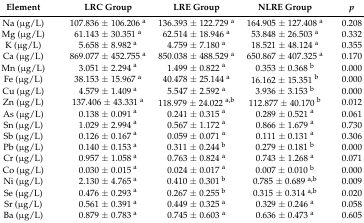
<table><thead><tr><td><b>Element</b></td><td><b>LRC Group</b></td><td><b>LRE Group</b></td><td><b>NLRE Group</b></td><td><b><i>p</i></b></td></tr></thead><tbody><tr><td>Na (μg/L)</td><td>107.836 ± 106.206 <sup>a</sup></td><td>136.393 ± 122.729 <sup>a</sup></td><td>164.905 ± 127.408 <sup>a</sup></td><td>0.208</td></tr><tr><td>Mg (μg/L)</td><td>61.143 ± 30.351 <sup>a</sup></td><td>62.514 ± 18.946 <sup>a</sup></td><td>53.848 ± 26.503 <sup>a</sup></td><td>0.332</td></tr><tr><td>K (μg/L)</td><td>5.658 ± 8.982 <sup>a</sup></td><td>4.759 ± 7.180 <sup>a</sup></td><td>18.521 ± 48.124 <sup>a</sup></td><td>0.355</td></tr><tr><td>Ca (μg/L)</td><td>869.077 ± 452.755 <sup>a</sup></td><td>850.038 ± 488.529 <sup>a</sup></td><td>650.867 ± 407.325 <sup>a</sup></td><td>0.170</td></tr><tr><td>Mn (μg/L)</td><td>3.051 ± 2.294 <sup>a</sup></td><td>1.499 ± 0.822 <sup>a</sup></td><td>0.353 ± 0.368 <sup>b</sup></td><td>0.000</td></tr><tr><td>Fe (μg/L)</td><td>38.153 ± 15.967 <sup>a</sup></td><td>40.478 ± 25.144 <sup>a</sup></td><td>16.162 ± 15.351 <sup>b</sup></td><td>0.000</td></tr><tr><td>Cu (μg/L)</td><td>4.579 ± 1.409 <sup>a</sup></td><td>5.547 ± 2.592 <sup>a</sup></td><td>3.936 ± 3.153 <sup>b</sup></td><td>0.000</td></tr><tr><td>Zn (μg/L)</td><td>137.406 ± 43.331 <sup>a</sup></td><td>118.979 ± 24.022 <sup>a,b</sup></td><td>112.877 ± 40.170 <sup>b</sup></td><td>0.012</td></tr><tr><td>As (μg/L)</td><td>0.138 ± 0.091 <sup>a</sup></td><td>0.241 ± 0.315 <sup>a</sup></td><td>0.289 ± 0.521 <sup>a</sup></td><td>0.061</td></tr><tr><td>Sn (μg/L)</td><td>1.029 ± 2.994 <sup>a</sup></td><td>0.567 ± 1.172 <sup>a</sup></td><td>0.866 ± 1.679 <sup>a</sup></td><td>0.730</td></tr><tr><td>Sb (μg/L)</td><td>0.126 ± 0.167 <sup>a</sup></td><td>0.059 ± 0.071 <sup>a</sup></td><td>0.111 ± 0.131 <sup>a</sup></td><td>0.306</td></tr><tr><td>Pb (μg/L)</td><td>0.140 ± 0.153 <sup>a</sup></td><td>0.311 ± 0.244 <sup>b</sup></td><td>0.279 ± 0.181 <sup>b</sup></td><td>0.000</td></tr><tr><td>Cr (μg/L)</td><td>0.957 ± 1.058 <sup>a</sup></td><td>0.763 ± 0.824 <sup>a</sup></td><td>0.743 ± 1.268 <sup>a</sup></td><td>0.071</td></tr><tr><td>Co (μg/L)</td><td>0.030 ± 0.015 <sup>a</sup></td><td>0.024 ± 0.017 <sup>a</sup></td><td>0.007 ± 0.010 <sup>b</sup></td><td>0.000</td></tr><tr><td>Ni (μg/L)</td><td>2.130 ± 4.765 <sup>a</sup></td><td>0.410 ± 0.301 <sup>b</sup></td><td>0.785 ± 0.689 <sup>a,b</sup></td><td>0.009</td></tr><tr><td>Se (μg/L)</td><td>0.476 ± 0.293 <sup>a</sup></td><td>0.267 ± 0.255 <sup>b</sup></td><td>0.315 ± 0.314 <sup>a,b</sup></td><td>0.020</td></tr><tr><td>Sr (μg/L)</td><td>0.561 ± 0.391 <sup>a</sup></td><td>0.449 ± 0.325 <sup>a</sup></td><td>0.329 ± 0.246 <sup>a</sup></td><td>0.058</td></tr><tr><td>Ba (μg/L)</td><td>0.879 ± 0.783 <sup>a</sup></td><td>0.745 ± 0.603 <sup>a</sup></td><td>0.636 ± 0.473 <sup>a</sup></td><td>0.605</td></tr></tbody></table>